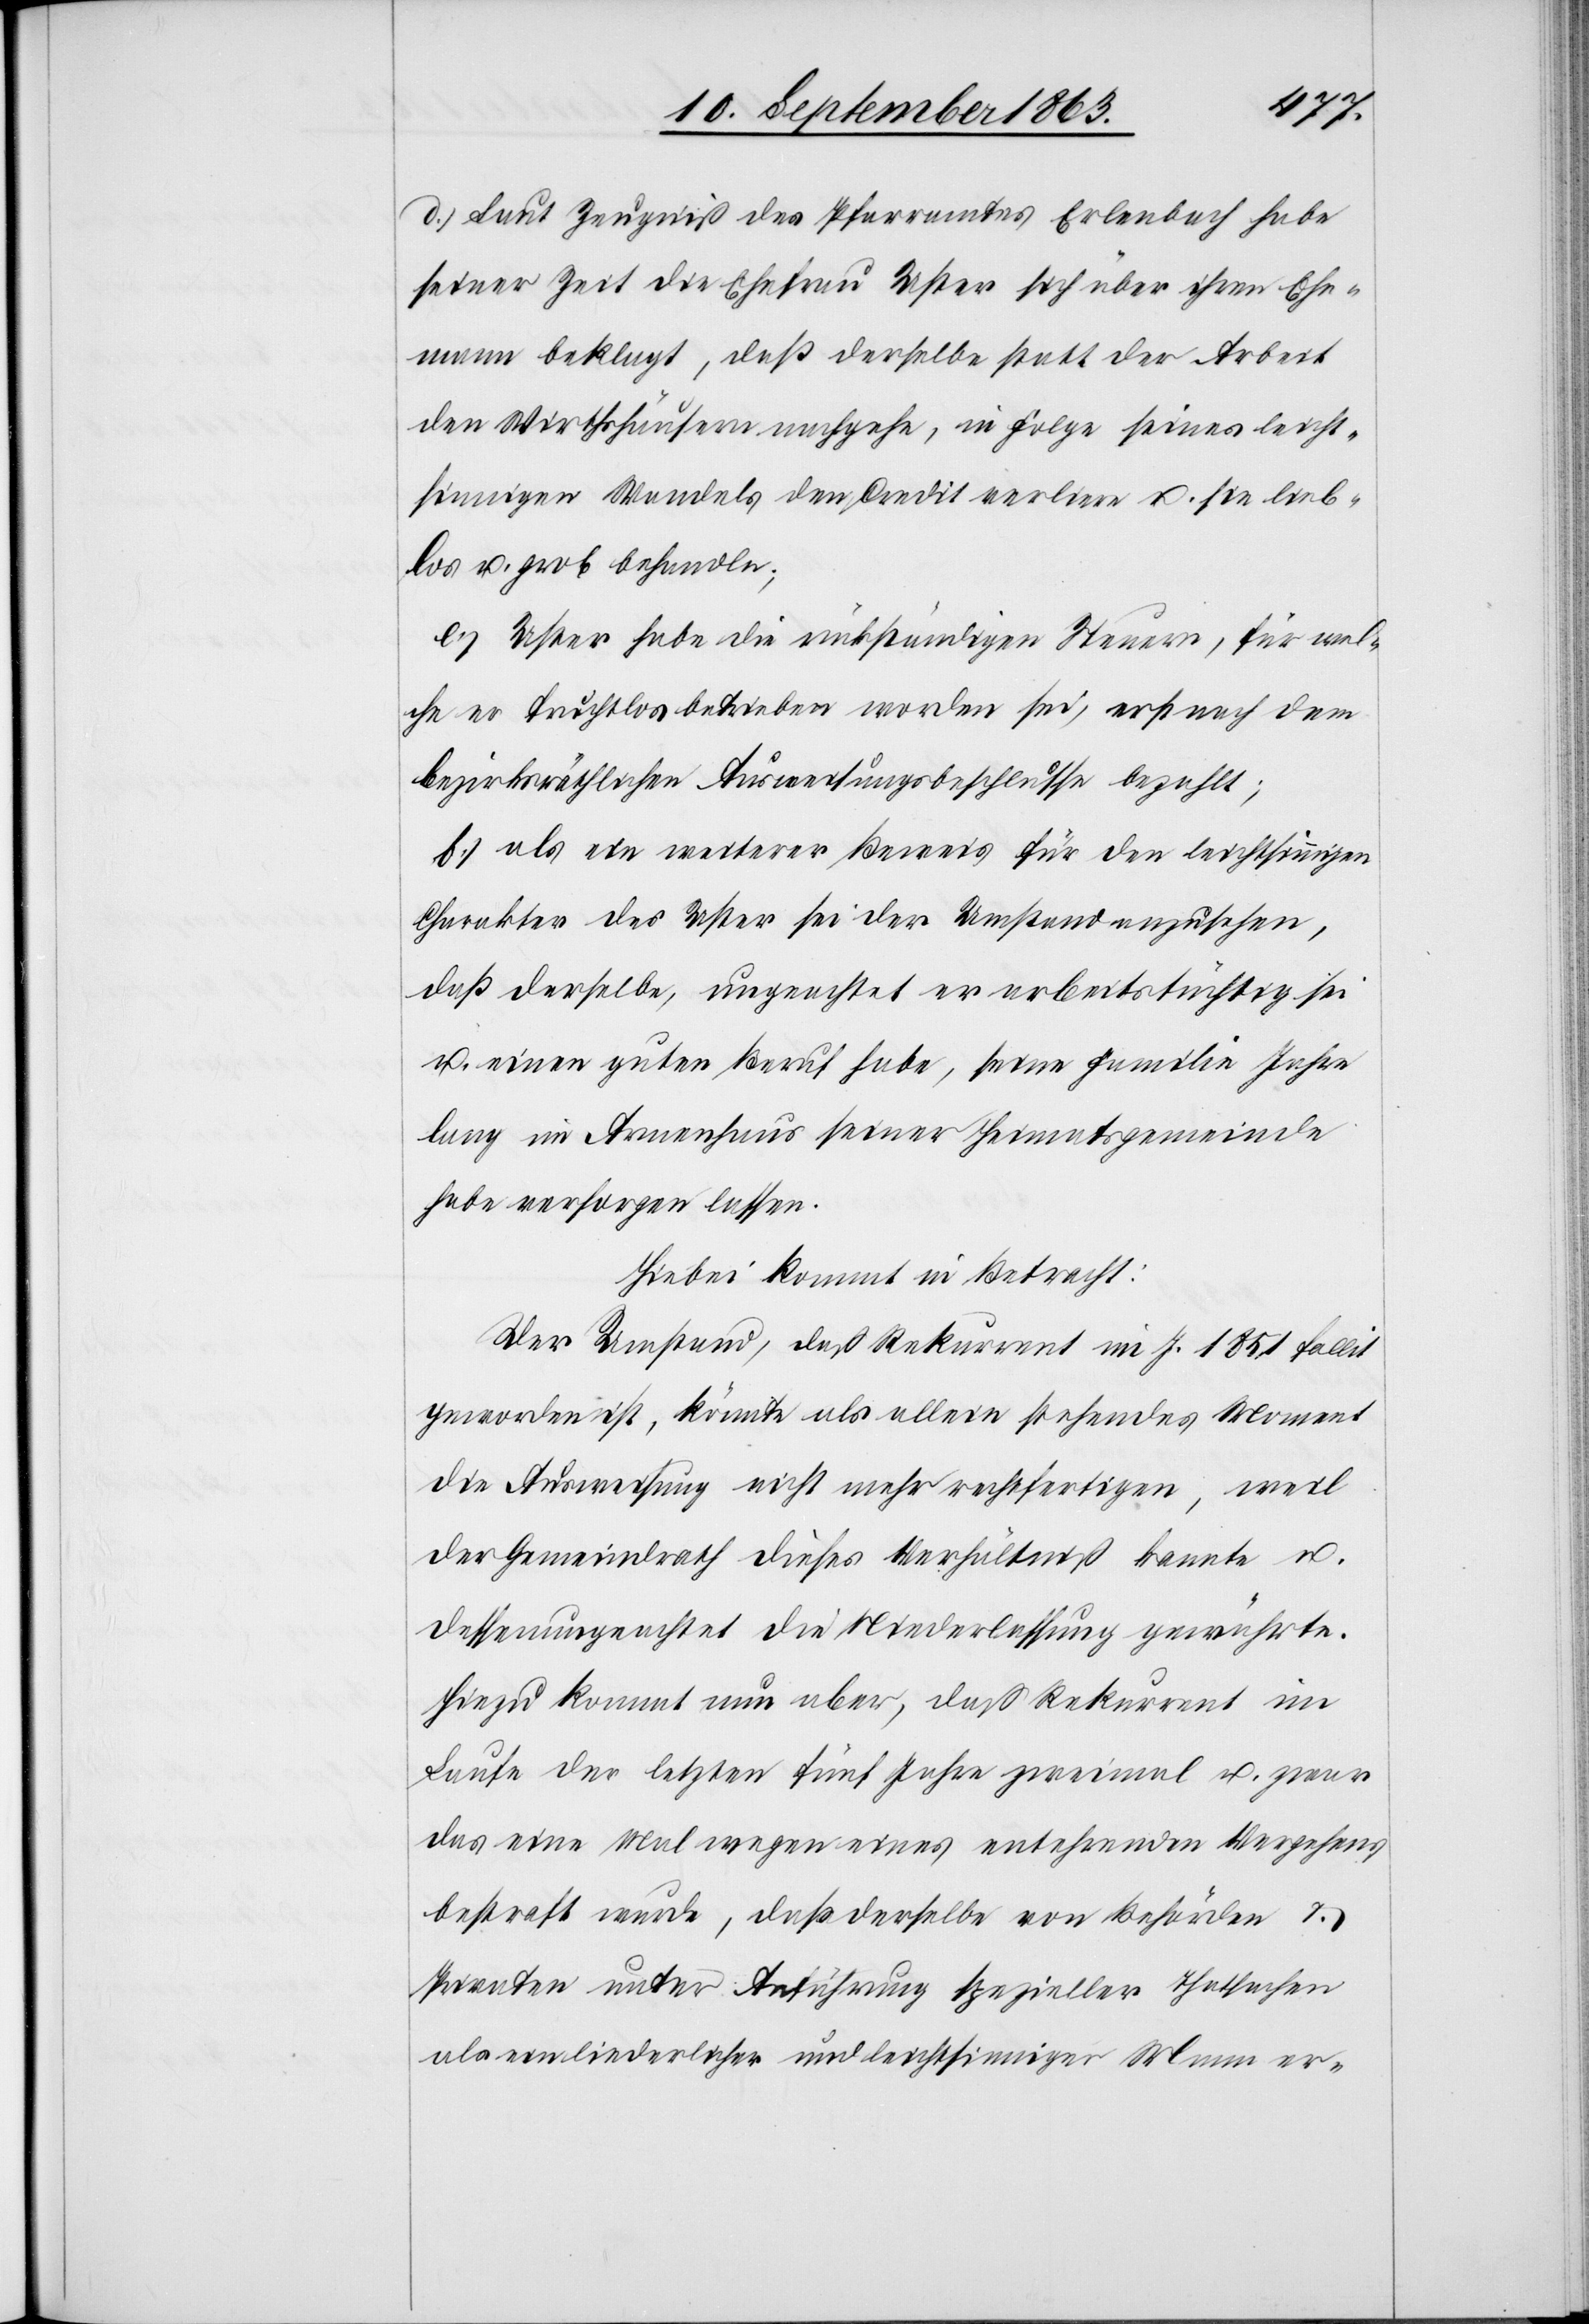
d.) Laut Zeugniß des Pfarramtes Erlenbach habe
seiner Zeit die Ehefrau Uster sich über ihren Ehe¬
mann beklagt, daß derselbe statt der Arbeit
den Wirthshäusern nachgehe, in Folge seines leicht¬
sinnigen Wandels den Credit verliere u. sie lieb¬
los u. grob behandle;
e.) Uster habe die rückständigen Steuern, für wel¬
che er fruchtlos betrieben worden sei, erst nach dem
bezirksräthlichen Ausweisungsbeschlusse bezahlt;
f.) als ein weiterer Beweis für den leichtsinnigen
Charakter des Uster sei der Umstand anzusehen,
daß derselbe, ungeachtet er arbeitstüchtig sei
u. einen guten Beruf habe, seine Familie Jahre
lang im Armenhaus seiner Heimatsgemeinde
habe versorgen lassen.
Hiebei kommt in Betracht:
Der Umstand, daß Rekurrent im J. 1851 fallit
geworden ist, könnte als allein stehendes Moment
die Ausweisung nicht mehr rechtfertigen, weil
der Gemeindrath dieses Verhältniß kannte u.
dessenungeachtet die Niederlassung gewährte.
Hiezu kommt nun aber, daß Rekurrent im
Laufe der letzten fünf Jahre zweimal u. zwar
das eine Mal wegen eines entehrenden Vergehens
bestraft wurde, daß derselbe von Behörden &
Privaten unter Anführung spezieller Thatsachen
als ein liederlicher und leichtsinniger Mann er-